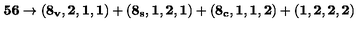
{ \bf 5 6 } \to ( { \bf 8 _ { v } , 2 , 1 , 1 } ) + ( { \bf 8 _ { s } , 1 , 2 , 1 } ) + ( { \bf 8 _ { c } , 1 , 1 , 2 } ) + ( { \bf 1 , 2 , 2 , 2 } )